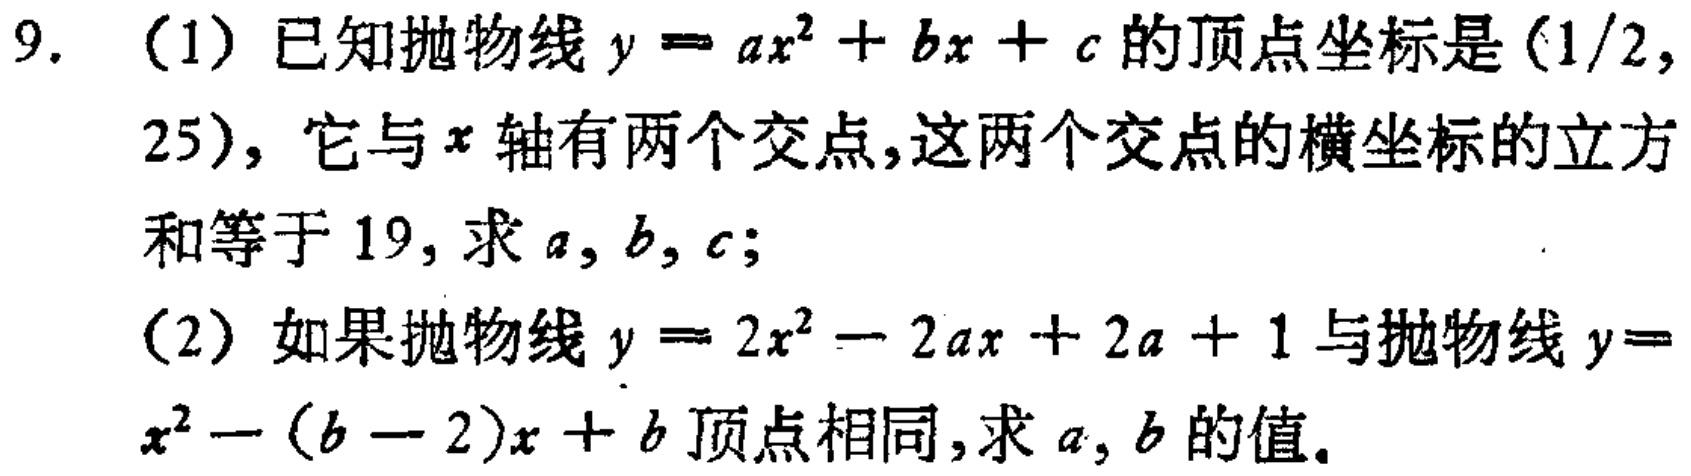
9. （1）已知抛物线\(y = ax^{2}+bx + c\)的顶点坐标是\((1/2,25)\)，它与\(x\)轴有两个交点，这两个交点的横坐标的立方和等于\(19\)，求\(a,b,c\)；

（2）如果抛物线\(y = 2x^{2}-2ax + 2a + 1\)与抛物线\(y=x^{2}-(b - 2)x + b\)顶点相同，求\(a,b\)的值。